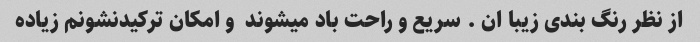
از نظر رنگ بندی زیبا ان . سریع و راحت باد میشوند  و امکان ترکیدنشونم زیاده